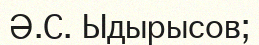
Ә.С. Ыдырысов;